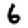
Digit: 6